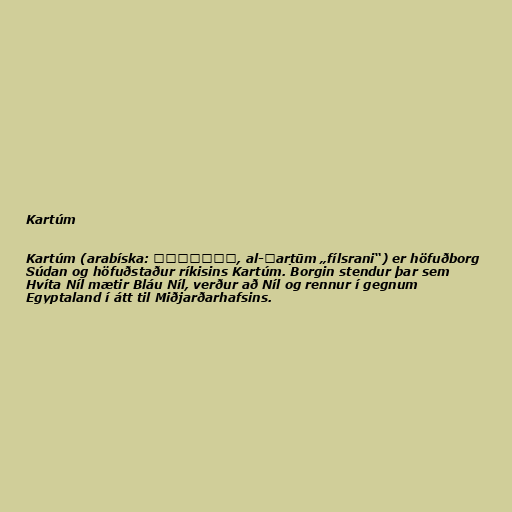
Kartúm

Kartúm (arabíska: الخرطوم, al-Ḫarṭūm „fílsrani“) er höfuðborg
Súdan og höfuðstaður ríkisins Kartúm. Borgin stendur þar sem
Hvíta Níl mætir Bláu Níl, verður að Níl og rennur í gegnum
Egyptaland í átt til Miðjarðarhafsins.